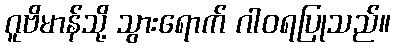
ဂူဗိမာန်သို့ သွားရောက် ဂါဝရပြုသည်။